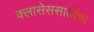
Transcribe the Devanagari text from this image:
क्लासेससाठीचा